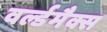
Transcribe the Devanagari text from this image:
वर्ल्डमैक्स